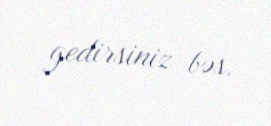
gedirsiniz bəs.